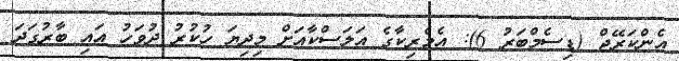
އެންކަރޭޖް (ޑިސެމްބަރު 6): އެމެރިކާގެ އަލަސްކާއަށް މިދިޔަ ހުކުރު ދުވަހު އައި ބާރުގަދަ